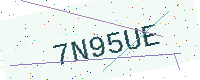
Text: 7N95UE